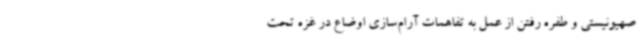
صهیونیستی و طفره رفتن از عمل به تفاهمات آرام‌سازی اوضاع در غزه تحت